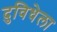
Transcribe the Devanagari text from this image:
दुविधेला